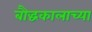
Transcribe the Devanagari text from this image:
बौद्धकालाच्या